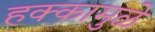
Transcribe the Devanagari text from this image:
हक्कामुळे